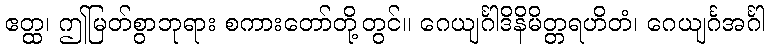
ဧတ္ထ၊ ဤမြတ်စွာဘုရား စကားတော်တို့တွင်။ ဂေယျင်္ဂါဒိနိမိတ္တရဟိတံ၊ ဂေယျင်္ဂအင်္ဂါ